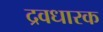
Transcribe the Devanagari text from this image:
द्रवधारक